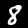
Digit: 8